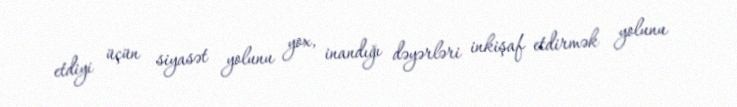
etdiyi üçün siyasət yolunu yox, inandığı dəyərləri inkişaf etdirmək yolunu